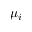
\mu _ { i }